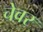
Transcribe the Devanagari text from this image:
चेवर